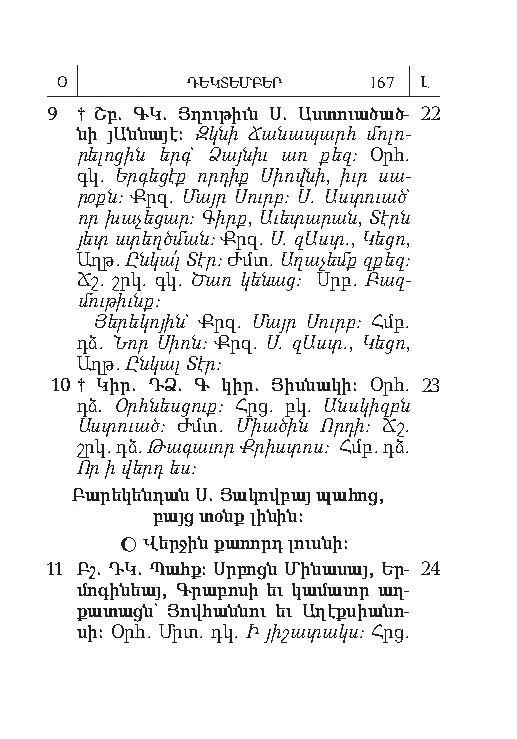
Օ       ԴԵԿՏԵՄԲԵՐ   167 Լ
 9 † Շբ. ԳԿ. Յ ղու թիւն Ս. Աս տուածած- 22
 նի յԱն նա յէ: Զկ նի Ճանապարհ մոլո­
 րելոցին երգ` Ձայ նիւ առ քեզ: Օրհ.
 գկ. Եր գե ցէք որ դիք Սիովն ի, իւր սա­
 րօքն: Քրզ. Մայր Սուրբ: Ս. Աս տուած`
 որ խա չեց ար: Գիրք, Աւ ե տար ան, Տէրն
 յետ ստեղծման: Քրզ. Ս. զԱստ., Կեց ո,
 Աղթ. Ըն կա՛լ Տէր: Ժմտ. Ա ղաչ եմք զքեզ:
 Ճշ. շրկ. գկ. Ծառ կե նաց: Սրբ. Բազ­
 մութ իւնք:
 Յե րե կո յին` Քրզ. Մայր Սուրբ: Հմբ.
 դձ. Նոր Սիոն: Քրզ. Ս. զԱստ., Կե ցո,
 Աղթ. Ըն կալ Տէր:
 10 † Կիր. ԴՁ. Գ կիր. Յիս նա կի: Օրհ. 23
 դձ. Օրհնեսցուք: Հրց. բկ. Անսկիզբն
 Աստուած: Ժմտ. Միա ծին Որդ ի: Ճշ.
 շրկ. դձ. Թագաւոր Քրիստոս: Հմբ. դձ.
 Որ ի վերդ ես:
 Բա րե կեն դան Ս. Յա կով բայ պա հոց,
 բայց տօնք լի նին:
  Վեր ջին քա ռորդ լուս նի:
 11 Բշ. ԴԿ. Պահք: Սր բոցն Մի նա սայ, Եր- 24
 մո գի նեայ, Գ րա բո սի եւ կա մա ւոր աղ-
 քա տացն` Յով հան նու եւ Ա ղէք սիա նո-
 սի: Օրհ. Մրտ. դկ. Ի յիշատակս: Հրց.